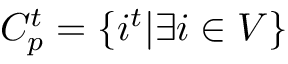
C _ { p } ^ { t } = \{ i ^ { t } | \exists i \in V \}